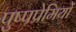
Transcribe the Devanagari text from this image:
पुष्पप्रेमियों